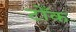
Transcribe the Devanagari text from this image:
टोँक